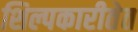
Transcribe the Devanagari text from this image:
शिल्पकारीतेत